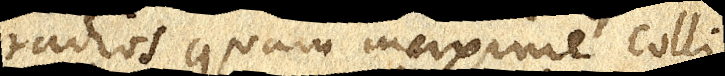
radios quam maxime colli–